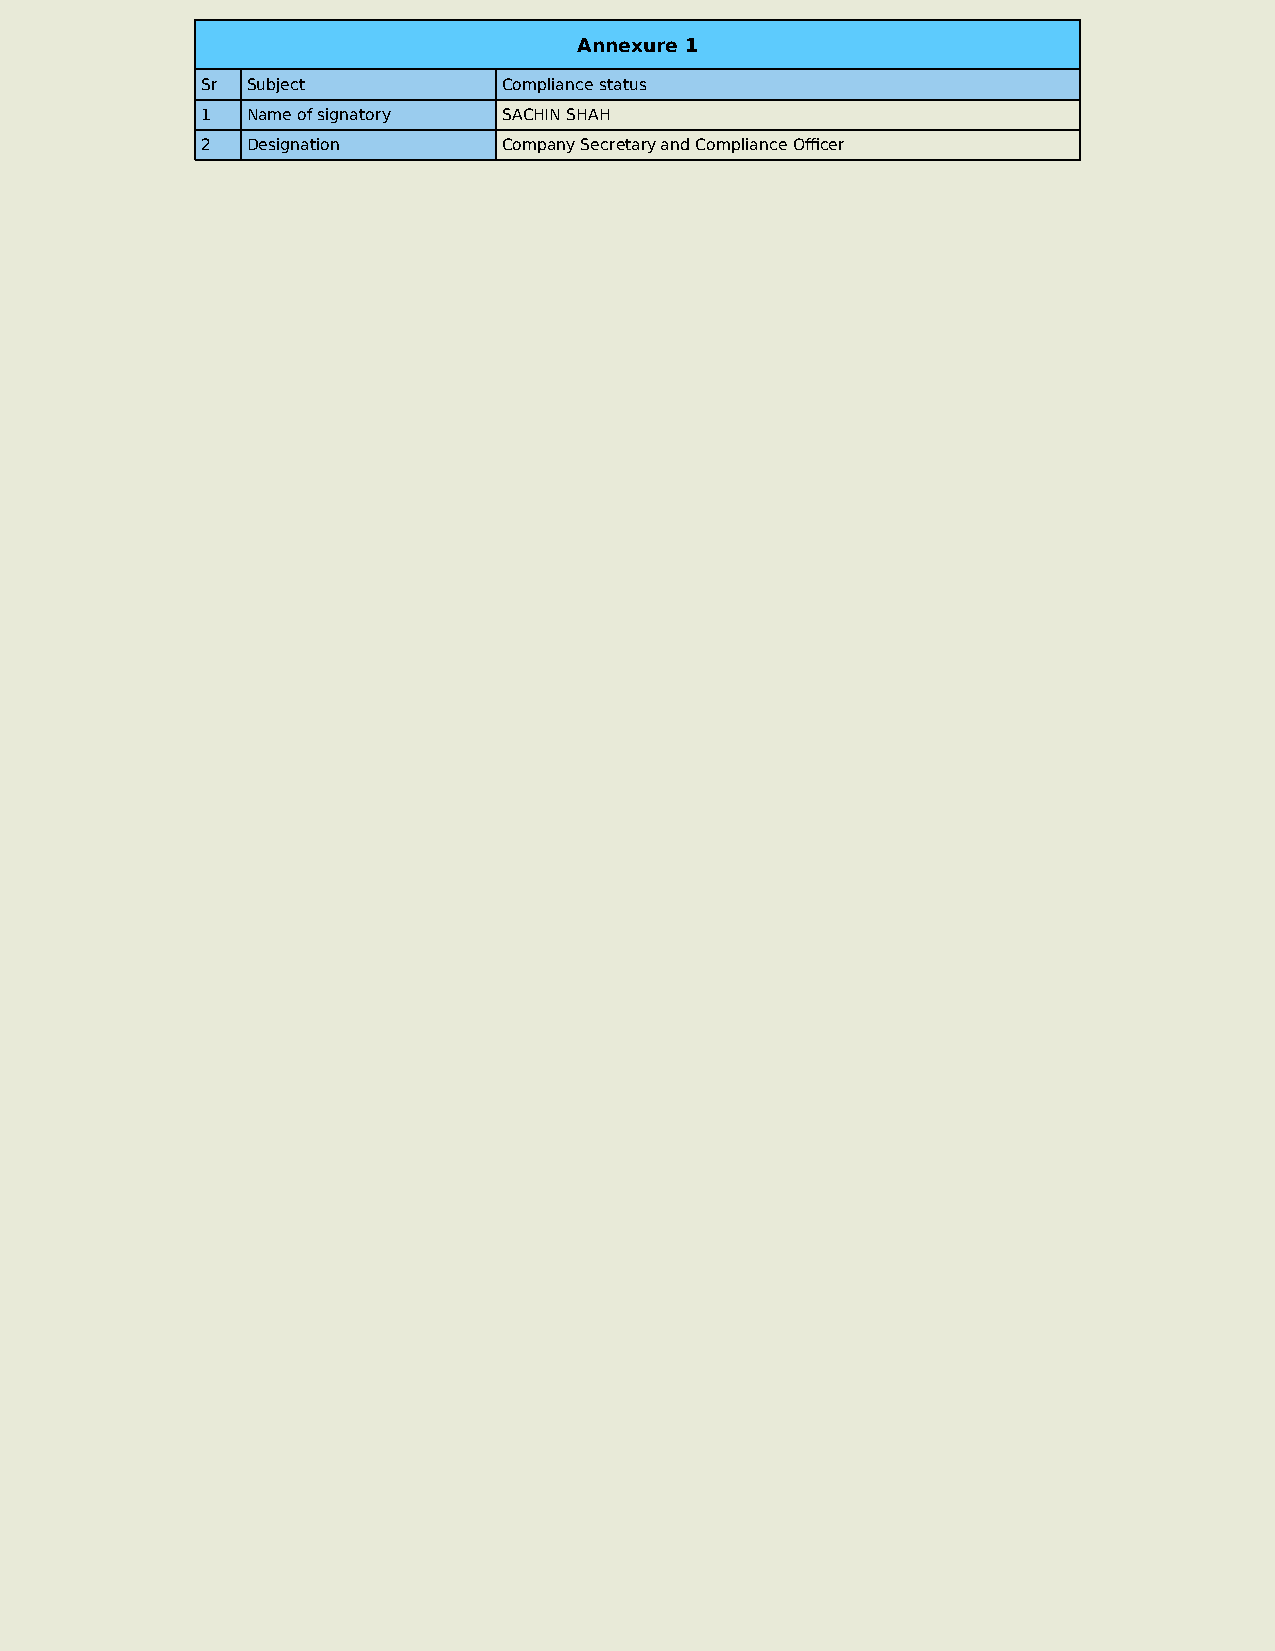
Annexure 1
 Sr Subject          Compliance status
 1  Name of signatory SACHIN SHAH
 2  Designation      Company Secretary and Compliance Officer